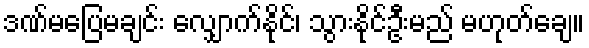
ဒဏ်မပြေမချင်း လျှောက်နိုင်၊ သွားနိုင်ဦးမည် မဟုတ်ချေ။